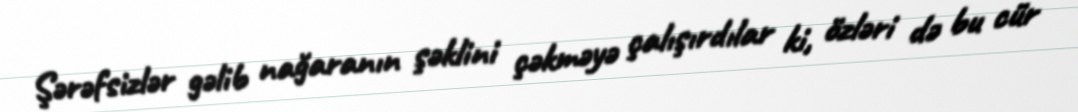
Şərəfsizlər gəlib nağaranın şəklini çəkməyə çalışırdılar ki, özləri də bu cür